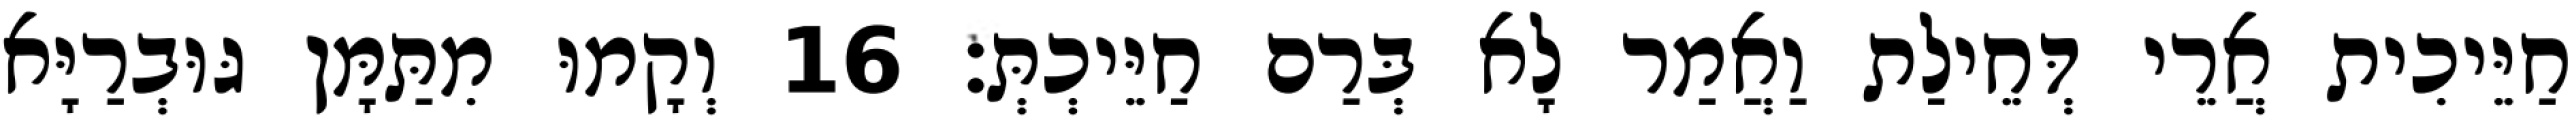
חַיֵּיכִית אֲרֵי דְּחֵילַת וַאֲמַר לָא בְּרַם חַיֵּיכְתְּ׃ 16 וְקָמוּ מִתַּמָּן גּוּבְרַיָּא